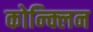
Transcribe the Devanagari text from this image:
कोन्क्लिन